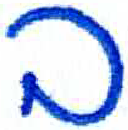
אות: ב